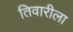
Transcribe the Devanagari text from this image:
तिवारीला